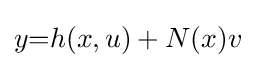
y{=}h(x,u)+N(x)v